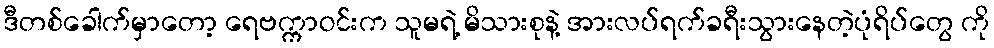
ဒီတစ်ခေါက်မှာတော့ ရေဗက္ကာဝင်းက သူမရဲ့ မိသားစုနဲ့ အားလပ်ရက်ခရီးသွားနေတဲ့ပုံရိပ်တွေ ကို